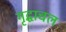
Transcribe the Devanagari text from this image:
गृद्धाचल